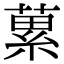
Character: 蔂